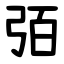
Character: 㢶